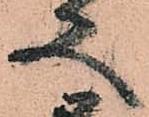
又